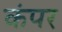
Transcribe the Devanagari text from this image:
कंपर